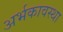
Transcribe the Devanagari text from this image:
अर्भकावस्था